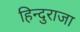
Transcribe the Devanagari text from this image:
हिन्दुराजा